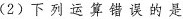
(2)下列运算错误的是